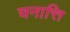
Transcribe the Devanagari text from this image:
चनात्ति